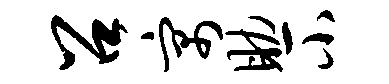
召寓助小